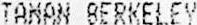
TAMAN BERKELEY